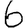
Digit: 6